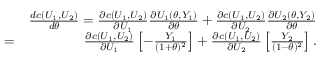
\begin{array} { r l r } & { } & { \frac { d c ( U _ { 1 } , U _ { 2 } ) } { d \theta } = \frac { \partial c ( U _ { 1 } , U _ { 2 } ) } { \partial U _ { 1 } } \frac { \partial U _ { 1 } ( \theta , Y _ { 1 } ) } { \partial \theta } + \frac { \partial c ( U _ { 1 } , U _ { 2 } ) } { \partial U _ { 2 } } \frac { \partial U _ { 2 } ( \theta , Y _ { 2 } ) } { \partial \theta } } \\ & { = } & { \frac { \partial c ( U _ { 1 } , U _ { 2 } ) } { \partial U _ { 1 } } \left[ - \frac { Y _ { 1 } } { ( 1 + \theta ) ^ { 2 } } \right] + \frac { \partial c ( U _ { 1 } , U _ { 2 } ) } { \partial U _ { 2 } } \left[ \frac { Y _ { 2 } } { ( 1 - \theta ) ^ { 2 } } \right] . } \end{array}